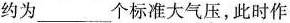
约为___个标准大气压，此时作